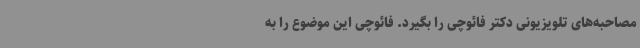
مصاحبه‌های تلویزیونی دکتر فائوچی را بگیرد. فائوچی این موضوع را به